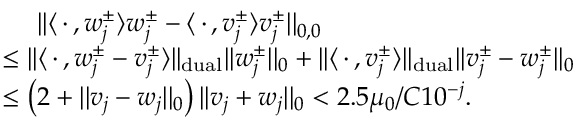
\begin{array} { r l } & { \quad \ | | \langle \, \cdot \, , w _ { j } ^ { \pm } \rangle w _ { j } ^ { \pm } - \langle \, \cdot \, , v _ { j } ^ { \pm } \rangle v _ { j } ^ { \pm } | | _ { 0 , 0 } } \\ & { \leq | | \langle \, \cdot \, , w _ { j } ^ { \pm } - v _ { j } ^ { \pm } \rangle | | _ { \mathrm { d u a l } } | | w _ { j } ^ { \pm } | | _ { 0 } + | | \langle \, \cdot \, , v _ { j } ^ { \pm } \rangle | | _ { \mathrm { d u a l } } | | v _ { j } ^ { \pm } - w _ { j } ^ { \pm } | | _ { 0 } } \\ & { \leq \left( 2 + | | v _ { j } - w _ { j } | | _ { 0 } \right) | | v _ { j } + w _ { j } | | _ { 0 } < 2 . 5 \mu _ { 0 } / C 1 0 ^ { - j } . } \end{array}